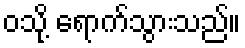
ဝသို့ ရောက်သွားသည်။